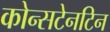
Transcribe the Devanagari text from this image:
कोन्सटेनटिन